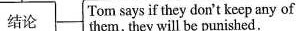
结论 Tom says if they don't keep any ofthem，they will be punished.